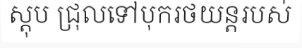
ស្តុប ជ្រុលទៅបុករថយន្តរបស់